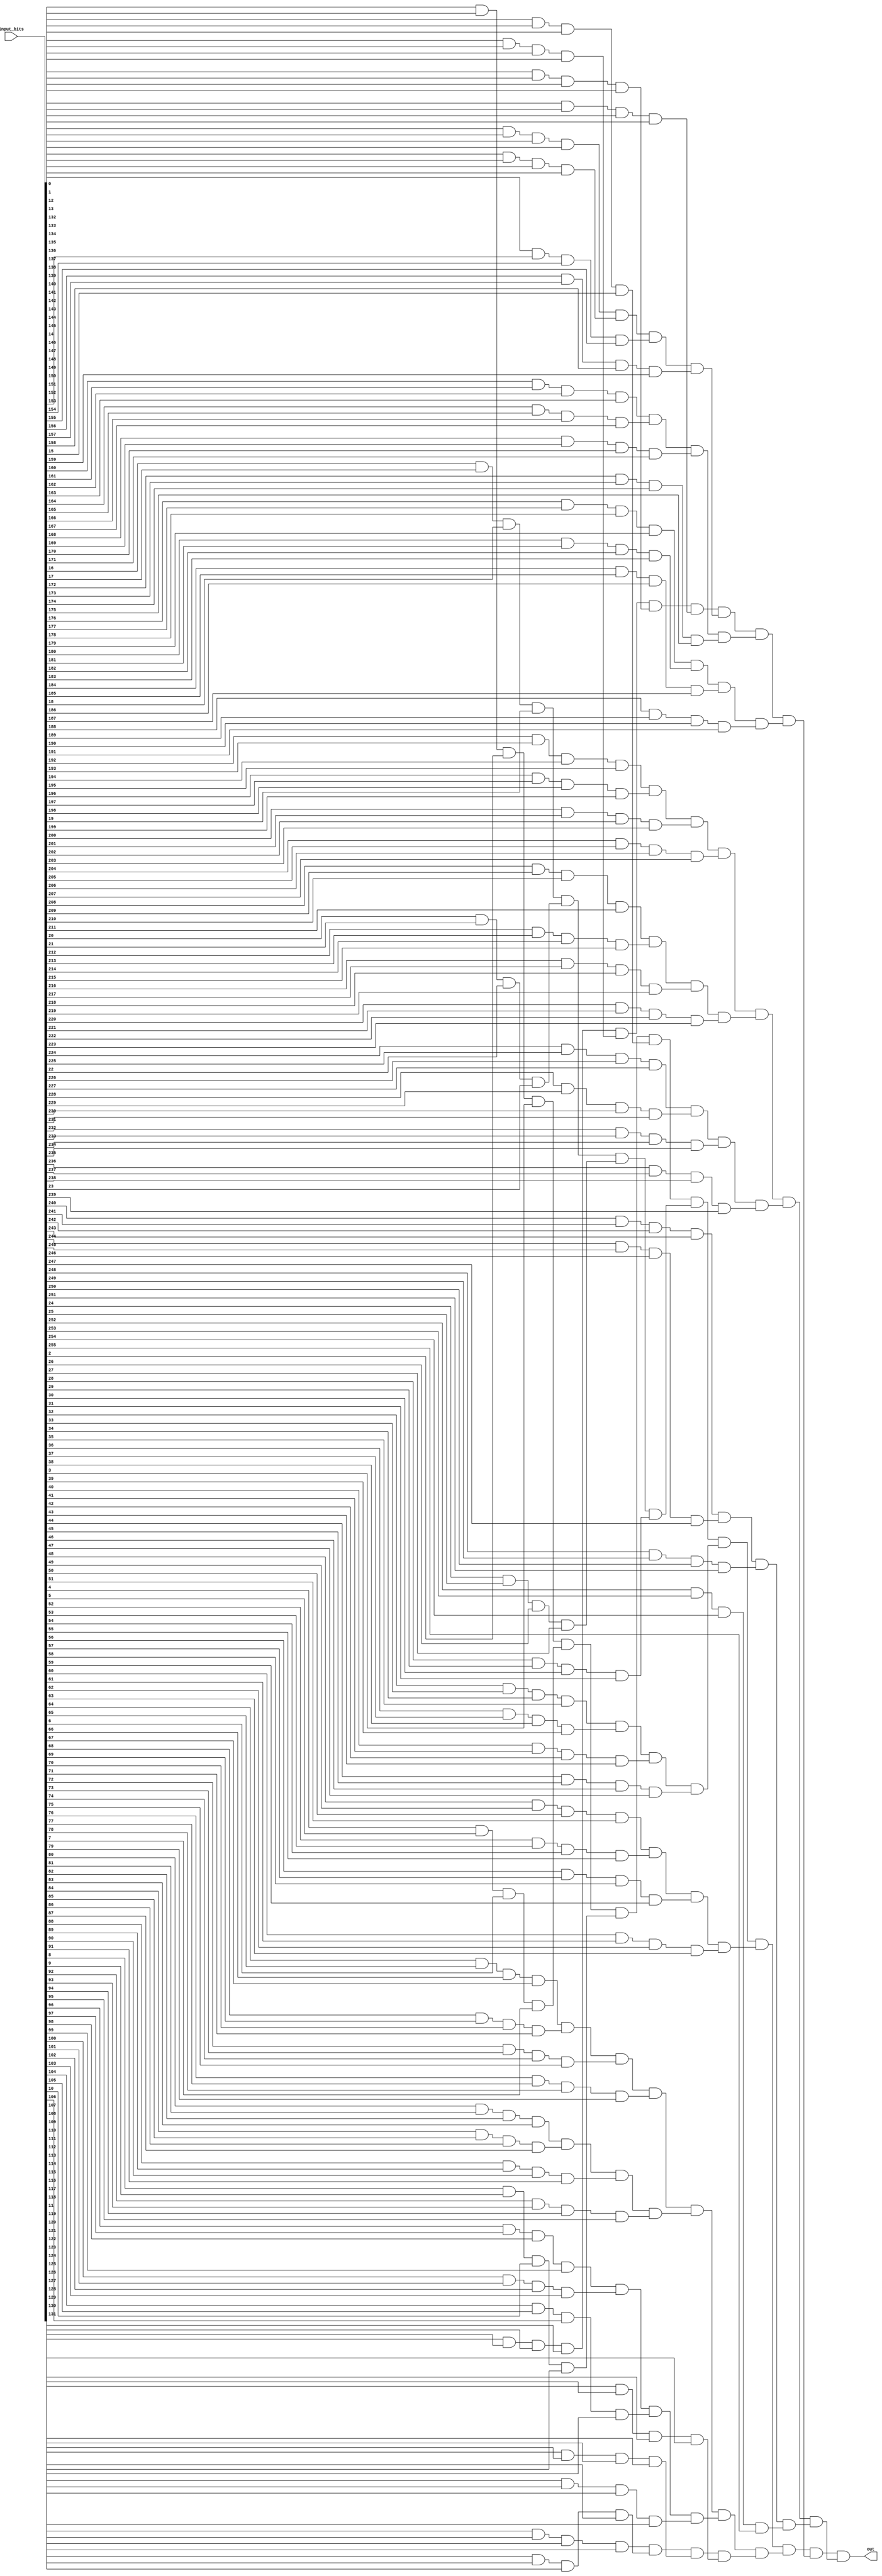
module gen_test5(input_bits, out);
parameter WIDTH = 256;
parameter CHUNK = 4;
input [WIDTH-1:0] input_bits;
output out;
genvar step, i, j;
generate
	for (step = 1; step <= WIDTH; step = step * CHUNK) begin : steps
		localparam PREV = step / CHUNK;
		localparam DIM = WIDTH / step;
		for (i = 0; i < DIM; i = i + 1) begin : outer
			localparam LAST_START = i * CHUNK;
			for (j = 0; j < CHUNK; j = j + 1) begin : inner
				wire temp;
				if (step == 1)
					assign temp = input_bits[i];
				else if (j == 0)
					assign temp = steps[PREV].outer[LAST_START].val;
				else
					assign temp
						= steps[step].outer[i].inner[j-1].temp
						& steps[PREV].outer[LAST_START + j].val;
			end
			wire val;
			assign val = steps[step].outer[i].inner[CHUNK - 1].temp;
		end
	end
endgenerate
assign out = steps[WIDTH].outer[0].val;
endmodule